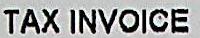
TAX INVOICE